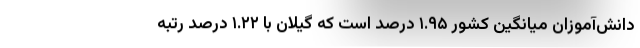
دانش‌آموزان میانگین کشور ۱.۹۵ درصد است که گیلان با ۱.۲۲ درصد رتبه